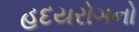
હદયરોગનો